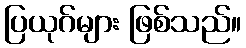
ပြယုဂ်များ ဖြစ်သည်။